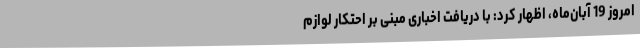
امروز 19 آبان‌ماه، اظهار کرد: با دریافت اخباری مبنی بر احتکار لوازم